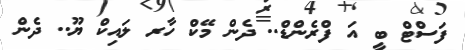
ފަސްޓް ބީ އަ ފްރެންޑް.. ދެން މޭކް ހާރ ލައިކް ޔޫ.. ދެން